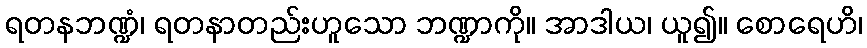
ရတနဘဏ္ဍံ၊ ရတနာတည်းဟူသော ဘဏ္ဍာကို။ အာဒါယ၊ ယူ၍။ စောရေဟိ၊